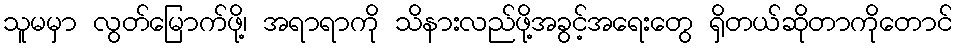
သူမမှာ လွတ်မြောက်ဖို့၊ အရာရာကို သိနားလည်ဖို့အခွင့်အရေးတွေ ရှိတယ်ဆိုတာကိုတောင်